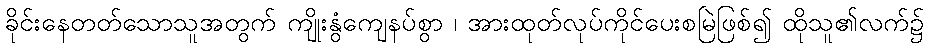
ခိုင်းနေတတ်သောသူအတွက် ကျိုးနွံကျေနပ်စွာ ၊ အားထုတ်လုပ်ကိုင်ပေးစမြဲဖြစ်၍ ထိုသူ၏လက်၌